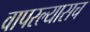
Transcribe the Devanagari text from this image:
वापरल्यासच